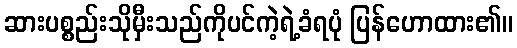
ဆားပစ္စည်းသိုမှီးသည်ကိုပင်ကဲ့ရဲ့ခံရပုံ ပြန်ဟောထား၏။